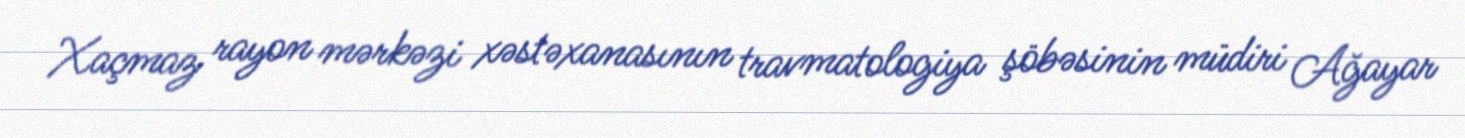
Xaçmaz rayon mərkəzi xəstəxanasının travmatologiya şöbəsinin müdiri Ağayar